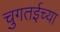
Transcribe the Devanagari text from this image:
चुगतईच्या